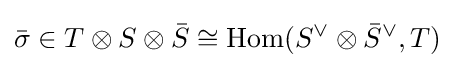
{\bar {\sigma }}\in T\otimes S\otimes {\bar {S}}\cong \mathrm {Hom} (S^{\vee }\otimes {\bar {S}}^{\vee },T)